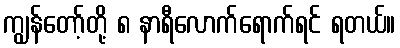
ကျွန်တော့်တို့ ၈ နာရီလောက်ရောက်ရင် ရတယ်။